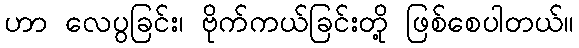
ဟာ လေပွခြင်း၊ ဗိုက်ကယ်ခြင်းတို့ ဖြစ်စေပါတယ်။